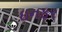
ઇનફર